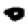
Digit: 0